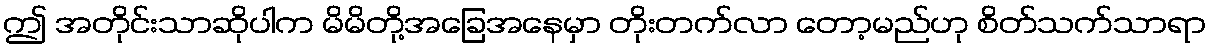
ဤ အတိုင်းသာဆိုပါက မိမိတို့အခြေအနေမှာ တိုးတက်လာ တော့မည်ဟု စိတ်သက်သာရာ